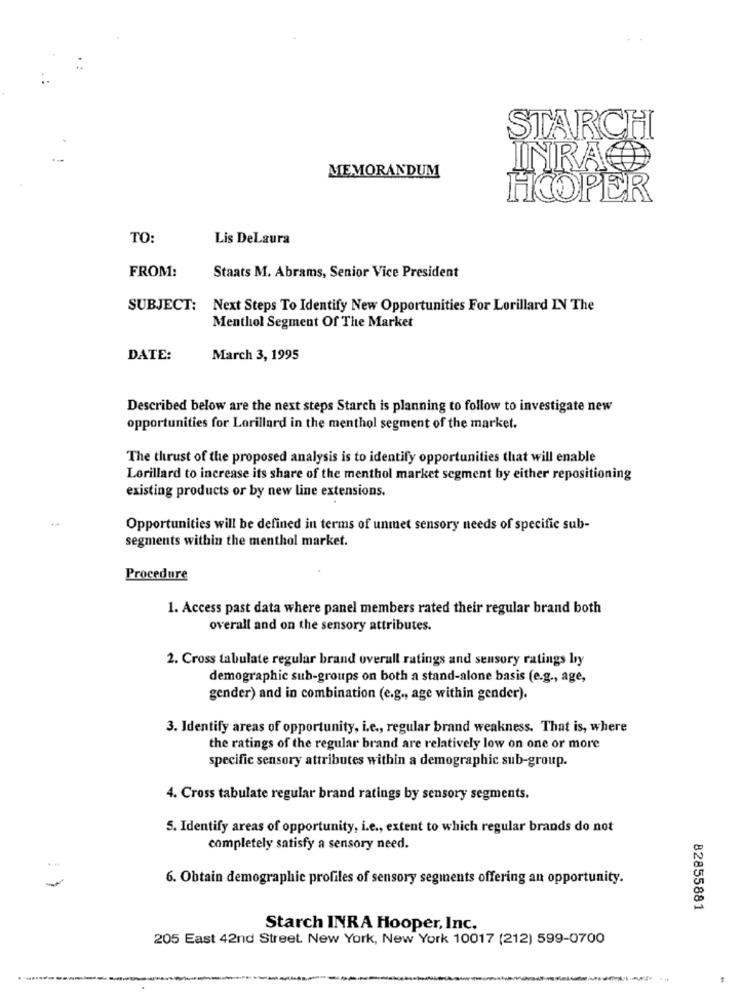
STARCH
INRAC
MEMORANDUM
HOOPER
TO:
Lis DeLaura
FROM:
Staats M. Abrams, Senior Vice President
SUBJECT:
Next Steps To Identify New Opportunities For Lorillard IN The
Menthol Segment Of The Market
DATE:
March 3, 1995
Described below are the next steps Starch is planning to follow to investigate new
opportunities for Lorillard in the menthol segment of the market.
The thrust of the proposed analysis is to identify opportunities that will enable
Lorillard to increase its share of the menthol market segment by either repositioning
existing products or by new line extensions.
Opportunities will be defined in terms of unmet sensory needs of specific sub-
segments within the menthol market.
Procedure
1. Access past data where panel members rated their regular brand both
overall and on the sensory attributes.
2. Cross tabulate regular brand overall ratings and sensory ratings by
demographic sub-groups on both a stand-alone basis (e.g ., age,
gender) and in combination (e.g ., age within gender).
3. Identify areas of opportunity, i.e ., regular brand weakness. That is, where
the ratings of the regular brand are relatively low on one or more
specific sensory attributes within a demographic sub-group.
4. Cross tabulate regular brand ratings by sensory segments.
5. Identify areas of opportunity, i.e ., extent to which regular brands do not
completely satisfy a sensory need.
6. Obtain demographic profiles of sensory segments offering an opportunity.
82855881
Starch INRA Hooper, Inc.
205 East 42nd Street. New York, New York 10017 (212) 599-0700